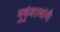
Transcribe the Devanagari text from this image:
मुकुंदरावांनी